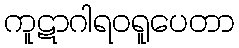
ကူဋာဂါရဝရူပေတာ